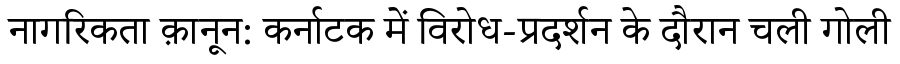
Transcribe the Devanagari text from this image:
नागरिकता क़ानून: कर्नाटक में विरोध-प्रदर्शन के दौरान चली गोली